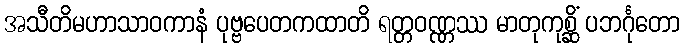
အသီတိမဟာသာဝကာနံ ပုဗ္ဗပေတကထာတိ ရတ္တဝဏ္ဏဿ မာတုကုစ္ဆိံ ပဘင်္ဂုတော